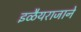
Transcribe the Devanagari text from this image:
इळैयराजाने